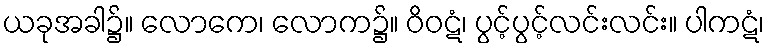
ယခုအခါ၌။ လောကေ၊ လောက၌။ ဝိဝဋံ၊ ပွင့်ပွင့်လင်းလင်း။ ပါကဋံ၊